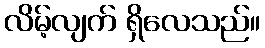
လိမ့်လျက် ရှိလေသည်။